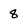
Character: 8